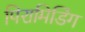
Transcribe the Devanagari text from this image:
पिरामिडिंग